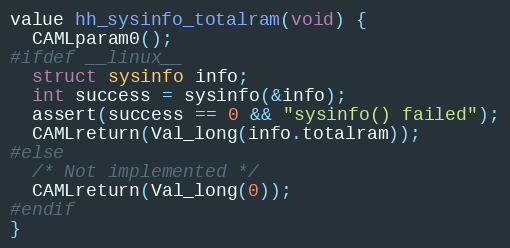
Language: C
value hh_sysinfo_totalram(void) {
  CAMLparam0();
#ifdef __linux__
  struct sysinfo info;
  int success = sysinfo(&info);
  assert(success == 0 && "sysinfo() failed");
  CAMLreturn(Val_long(info.totalram));
#else
  /* Not implemented */
  CAMLreturn(Val_long(0));
#endif
}